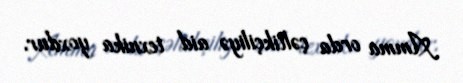
Amma orda çəltikçiliyə aid texnika yoxdur.